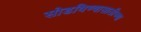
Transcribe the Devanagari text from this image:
सोडविण्यासाठीच्या